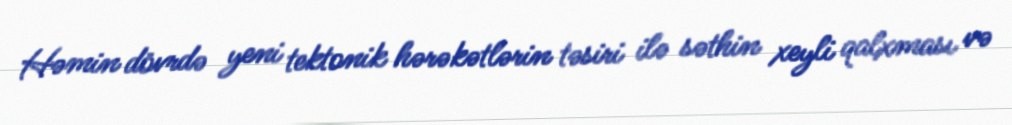
Həmin dövrdə yeni tektonik hərəkətlərin təsiri ilə səthin xeyli qalxması və